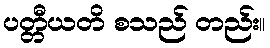
ပတ္တီယတိ စသည် တည်း။